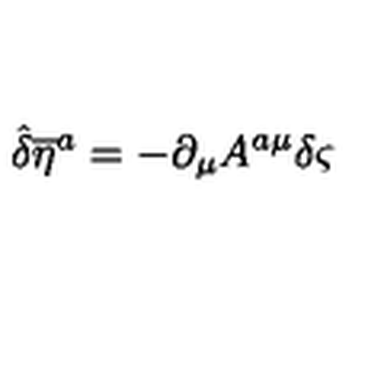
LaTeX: { \hat { \delta } } { { \overline { { \eta } } } ^ { a } } = - \partial _ { \mu } A ^ { a \mu } \delta \varsigma